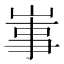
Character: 𡸪